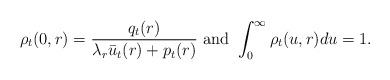
\begin{align*}\rho_t(0,r) = \frac{ q_t(r)}{ \lambda_r\bar u_t(r)+p_t(r) } \ \mbox{and} \ \int_{0}^{\infty}\rho_t(u,r)du=1.\end{align*}